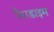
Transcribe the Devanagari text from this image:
पैराडाइम